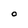
Character: O